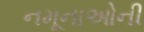
નમૂનાઓની